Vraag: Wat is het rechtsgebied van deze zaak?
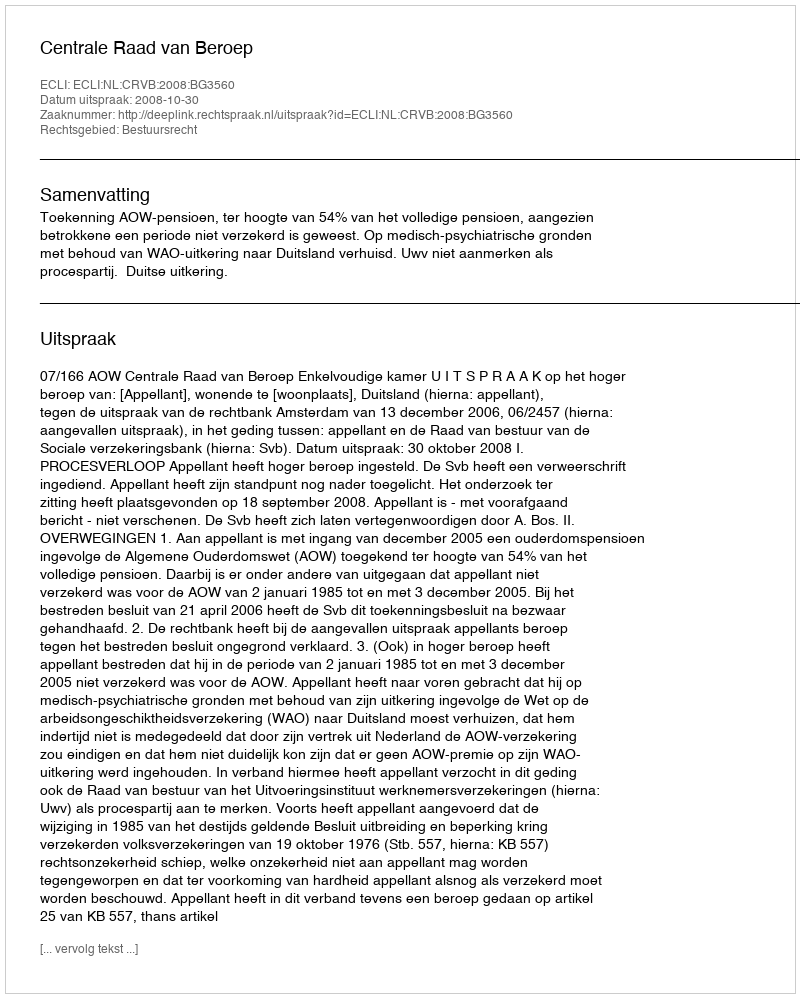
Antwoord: Bestuursrecht